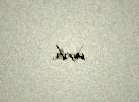
verib.